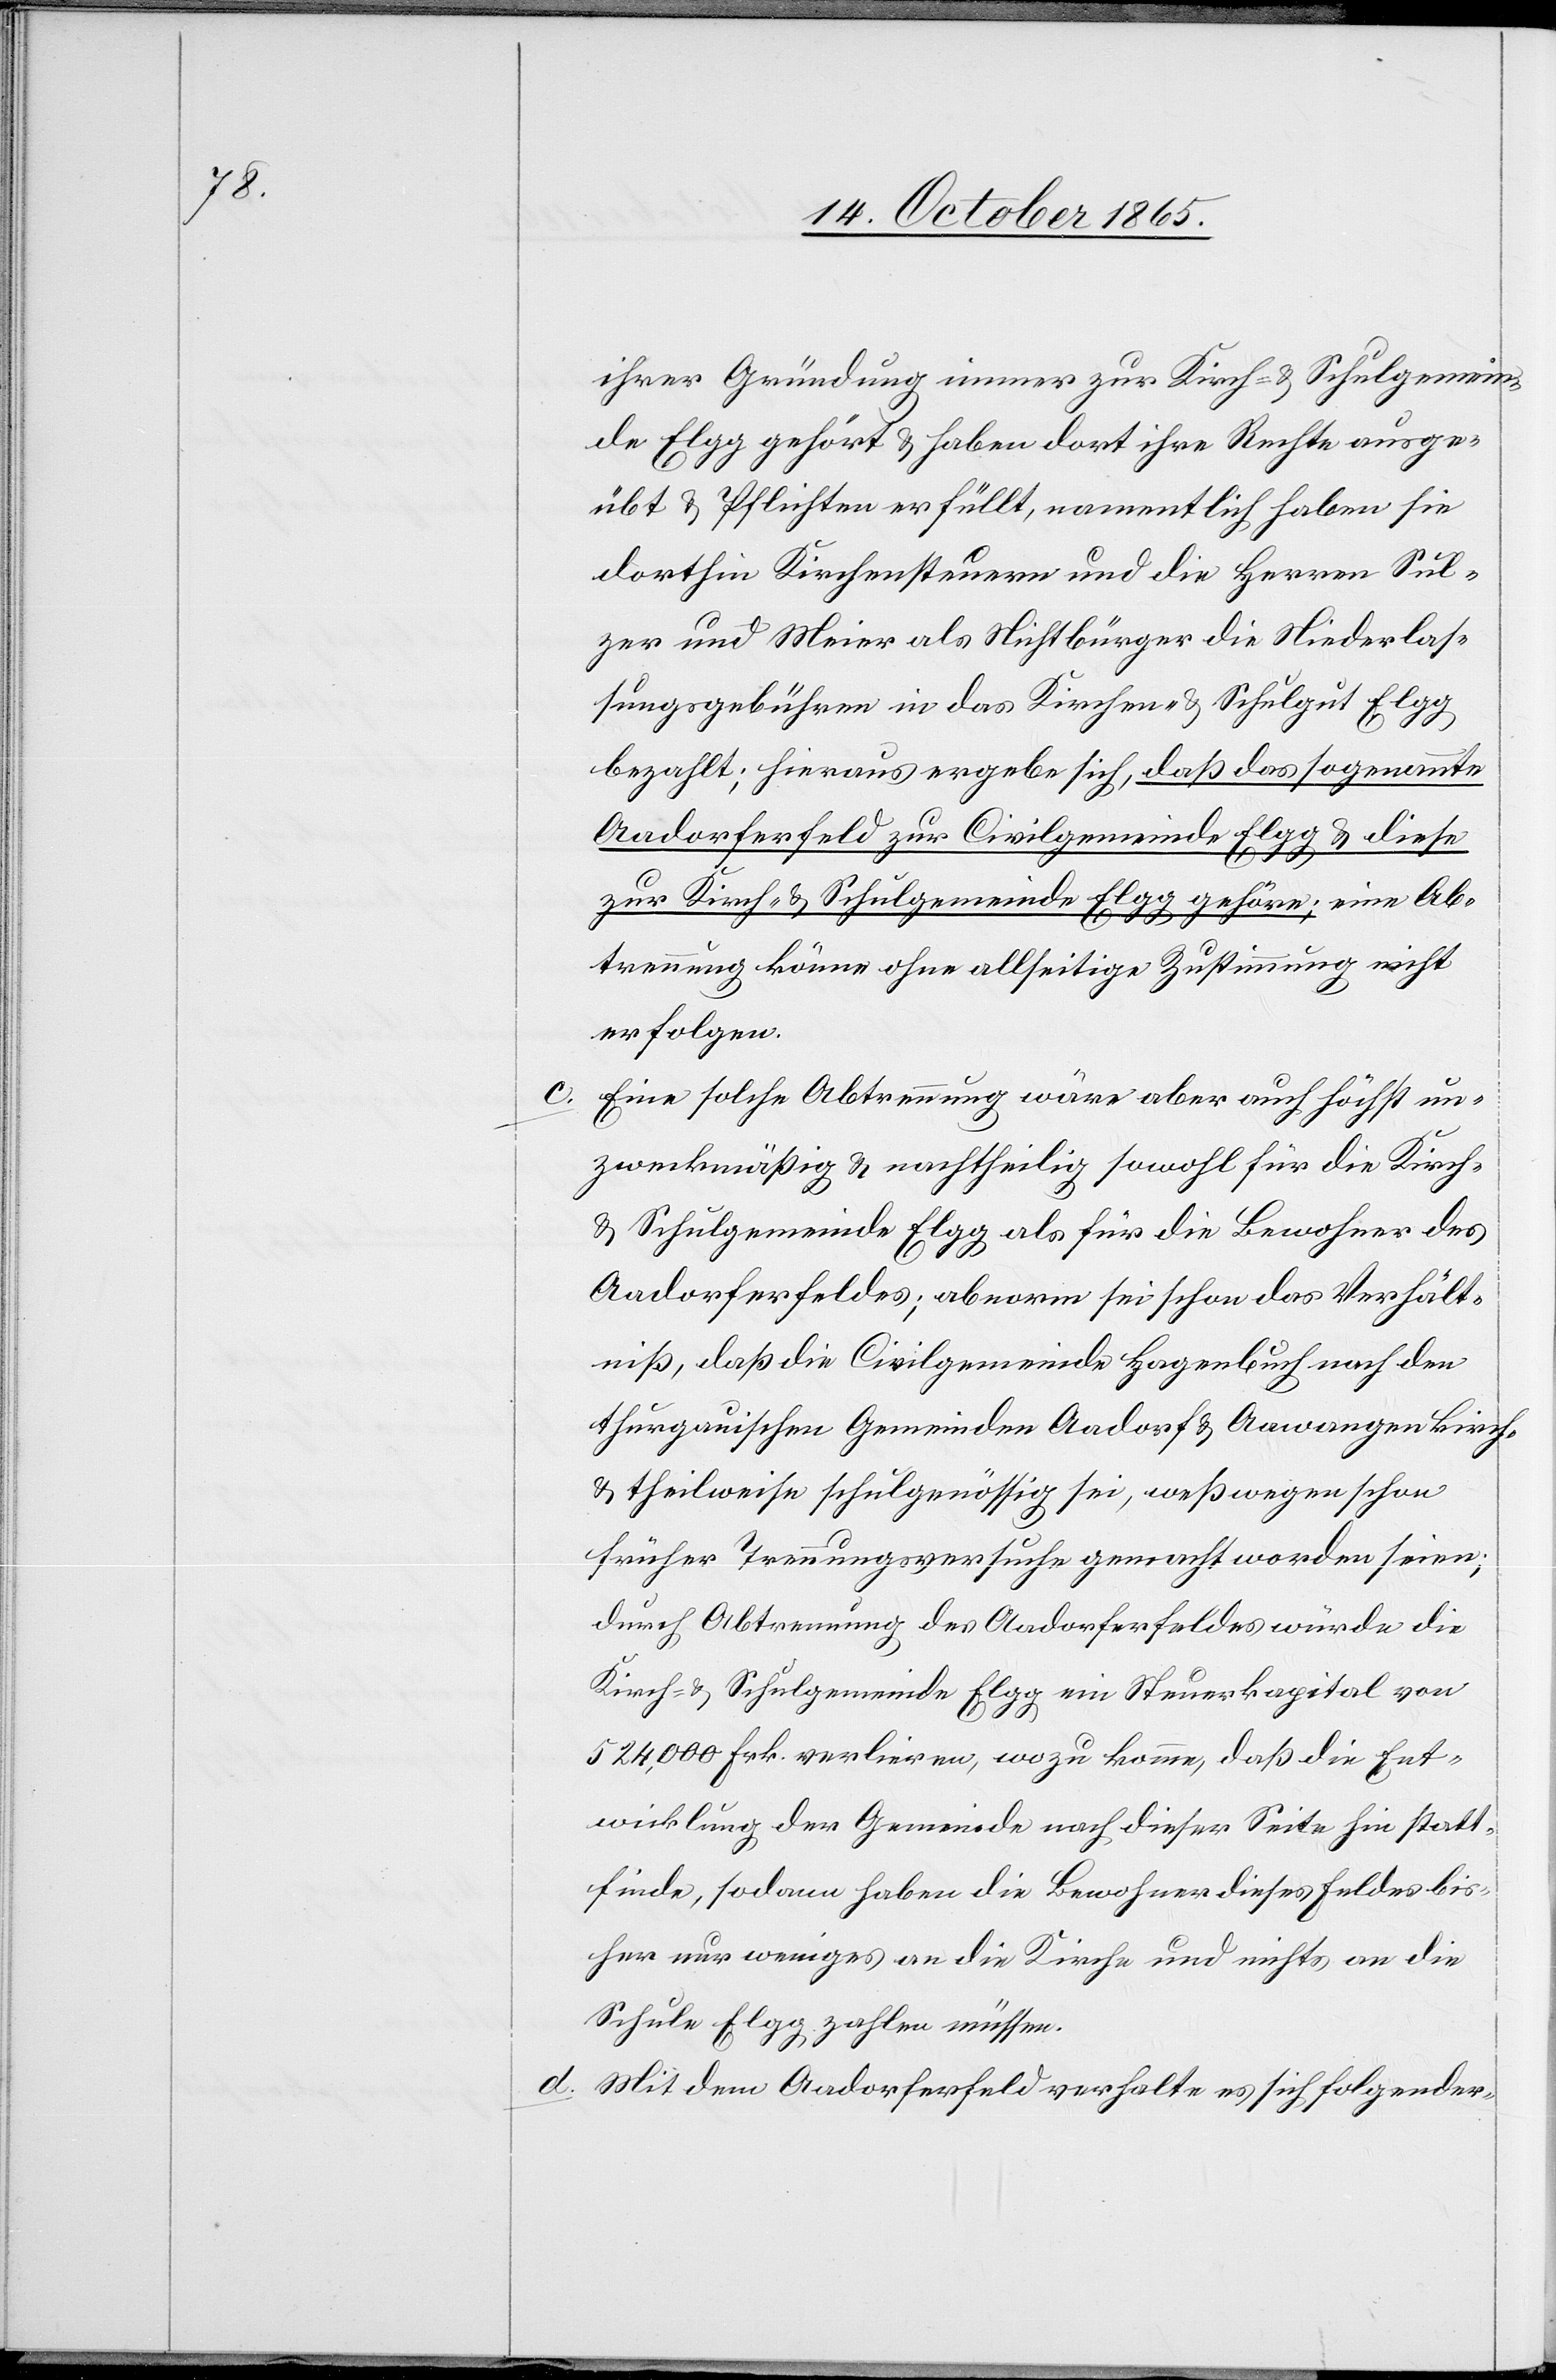
ihrer Gründung immer zur Kirch- & Schulgemein¬
de Elgg gehört & haben dort ihre Rechte ausge¬
übt & Pflichten erfüllt, namentlich haben sie
dorthin Kirchensteuern und die Herren Sul¬
zer und Meier als Nichtbürger die Niederlas¬
sungsgebühren in das Kirchen- & Schulgut Elgg
bezahlt; hieraus ergebe sich, daß das sogenannte
Aadorferfeld zur Civilgemeinde Elgg & diese
zur Kirch- & Schulgemeinde Elgg gehöre; eine Ab¬
trennung könne ohne allseitige Zustimmung nicht
erfolgen.
Eine solche Abtrennung wäre aber auch höchst un¬
zweckmäßig & nachtheilig sowohl für die Kirch-
& Schulgemeinde Elgg als für die Bewohner des
Aadorferfeldes; abnorm sei schon das Verhält¬
niß, daß die Civilgemeinde Hagenbuch nach den
thurgauischen Gemeinden Aadorf & Aawangen kirch-
& theilweise schulgenössig sei, weßwegen schon
früher Trennungsversuche gemacht worden seien;
durch Abtrennung des Aadorferfeldes würde die
Kirch- & Schulgemeinde Elgg ein Steuerkapital von
524,000 Frk. verlieren, wozu komme, daß die Ent¬
wicklung der Gemeinde nach dieser Seite hin statt¬
finde, sodann haben die Bewohner dieses Feldes bis¬
her nur weniges an die Kirche und nichts an die
Schule Elgg zahlen müssen.
d. Mit dem Aadorferfeld verhalte es sich folgender-